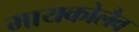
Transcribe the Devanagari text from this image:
मायकोलैव